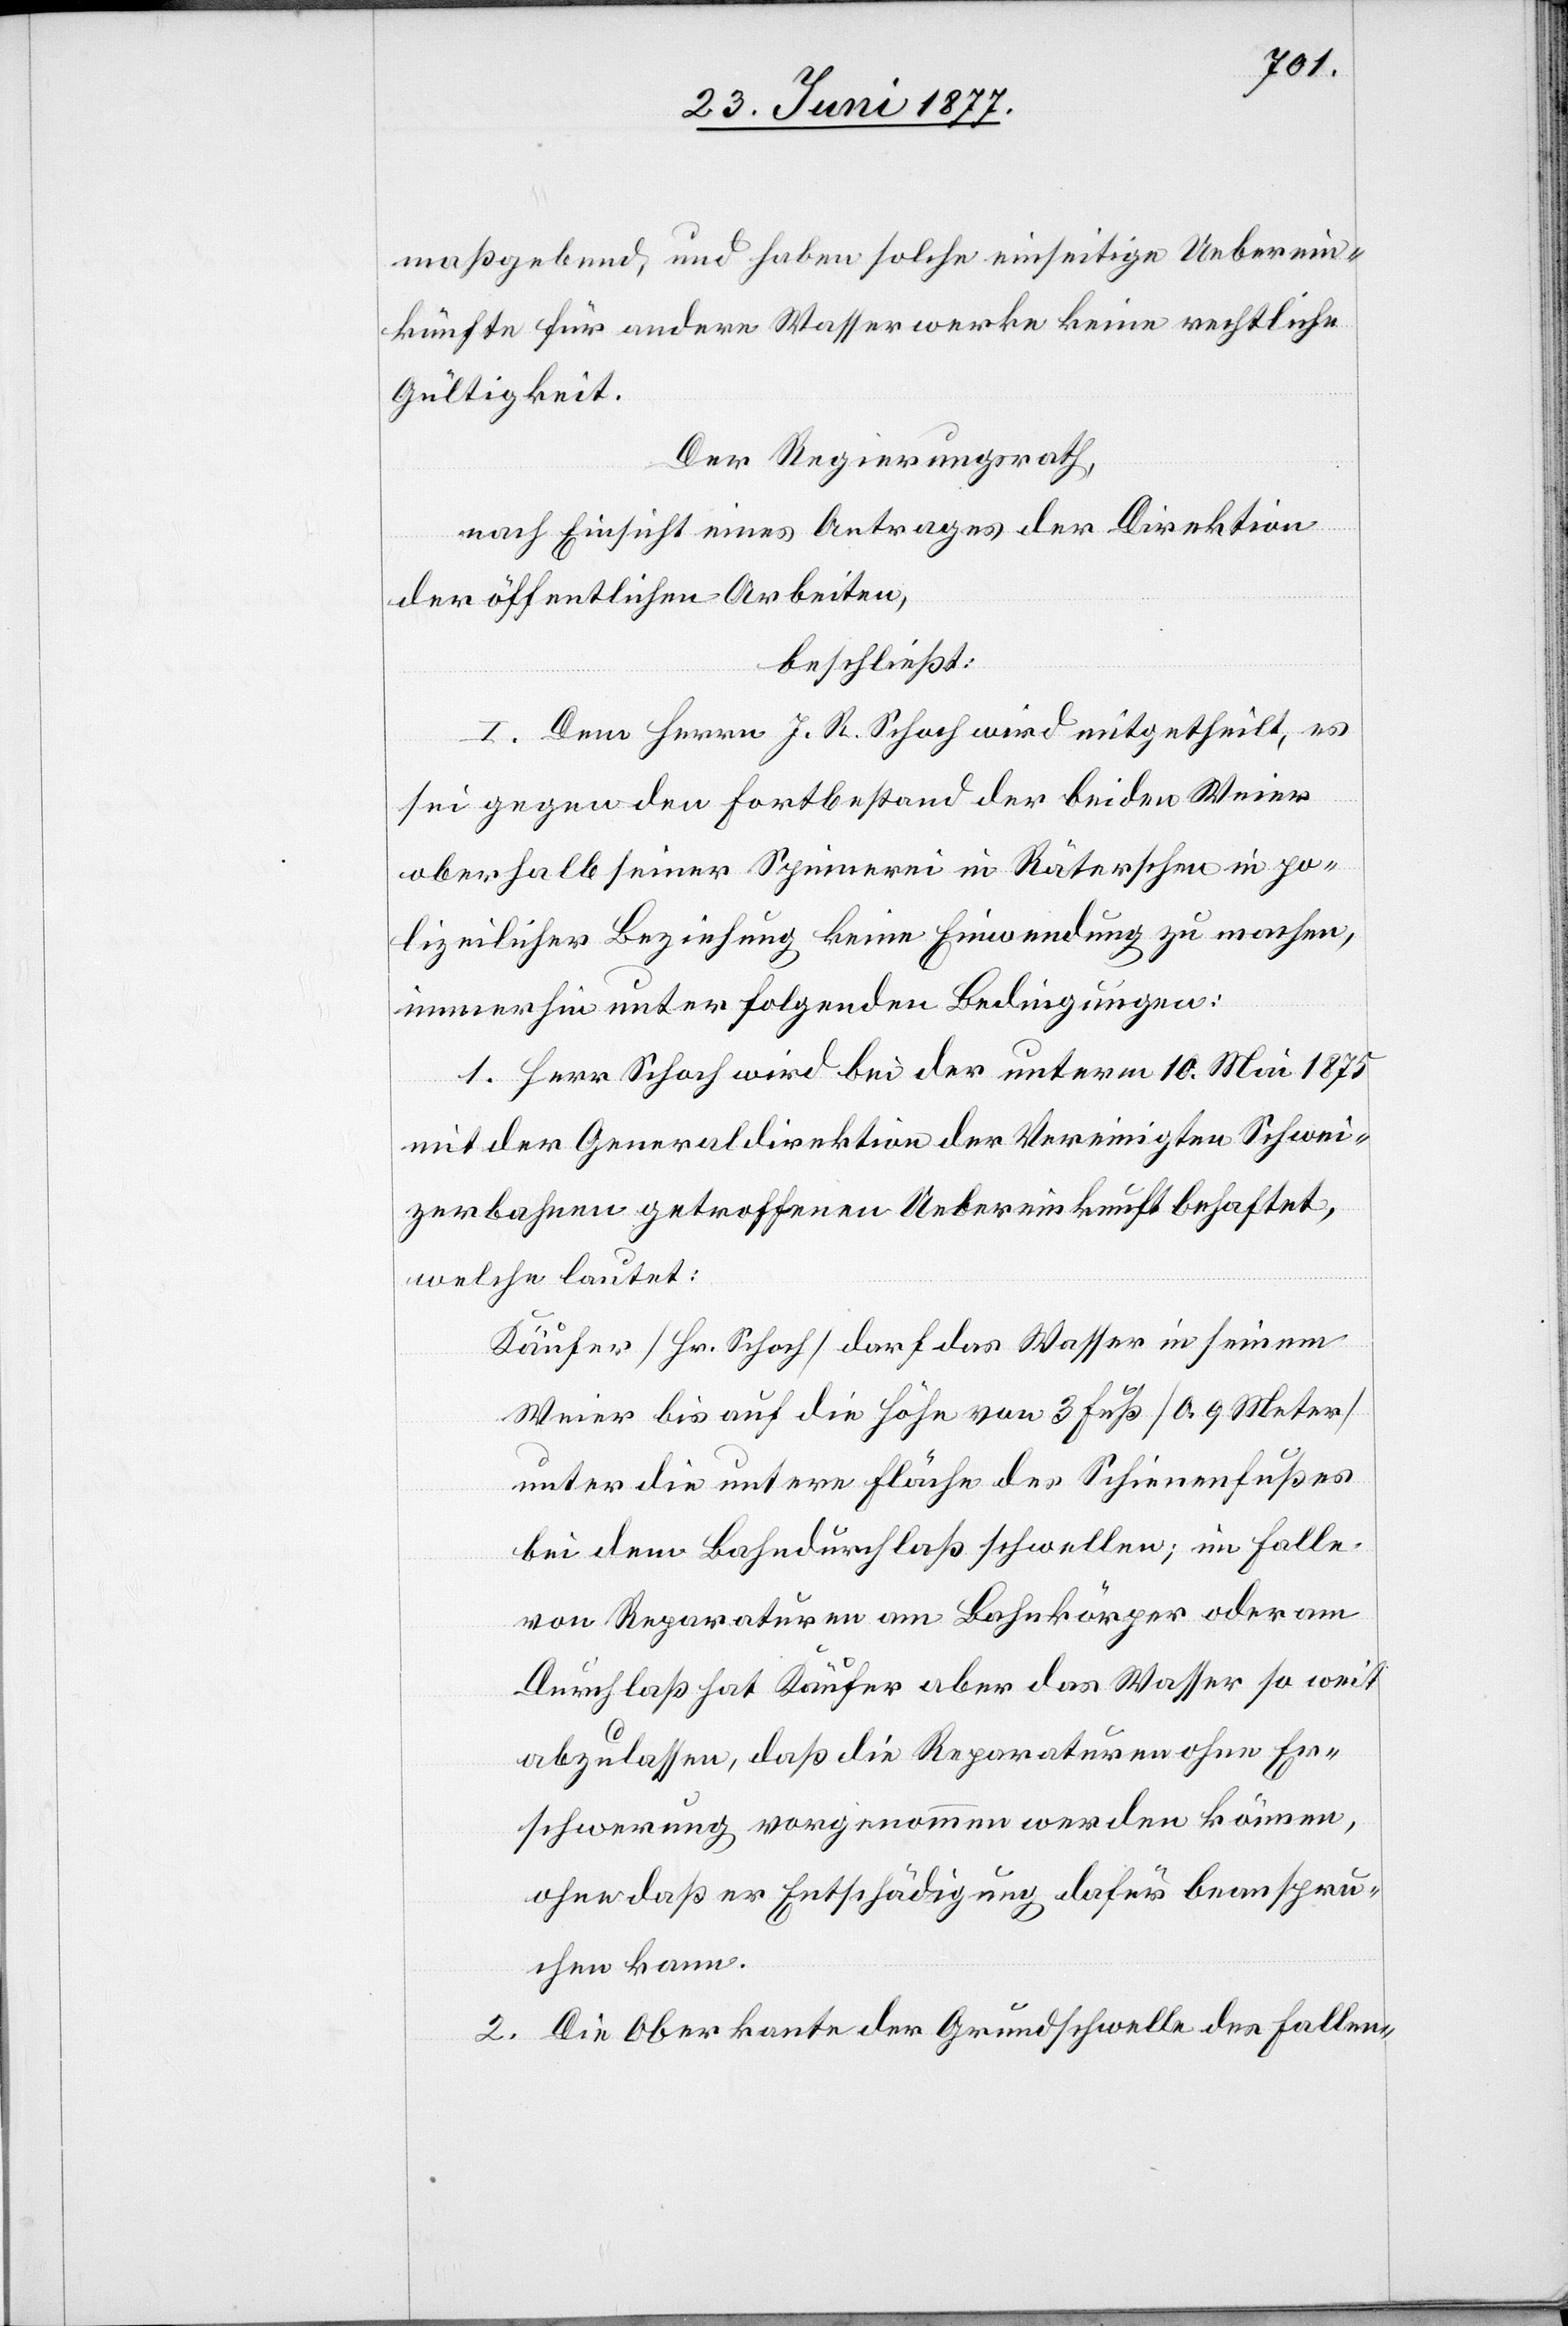
maßgebend, und haben solche einseitigen Ueberein¬
künfte für andere Wasserwerke keine rechtliche
Gültigkeit.
Der Regierungsrath,
nach Einsicht eines Antrages der Direktion
der öffentlichen Arbeiten,
beschließt:
I. Dem Herrn J. R. Schoch wird mitgetheilt, es
sei gegen den Fortbestand der beiden Weier
oberhalb seiner Spinnerei in Räterschen in po¬
lizeilicher Beziehung keine Einwendung zu machen,
immerhin unter folgenden Bedingungen:
1. Herr Schoch wird bei der unterm 10. Mai 1875
mit der Generaldirektion der Vereinigten Schwei¬
zerbahnen getroffenen Uebereinkunft behaftet,
welche lautet:
Käufer [Hr. Schoch] darf das Wasser in seinem
Weier bis auf die Höhe von 3 Fuß [0.9 Meter]
unter die untere Fläche des Schienenfußes
bei dem Bahndurchlaß schwellen; im Falle
von Reparaturen am Bahnkörper oder am
Durchlaß hat Käufer aber das Wasser so weit
abzulassen, daß die Reparaturen ohne Er¬
schwerung vorgenommen werden können,
ohne daß er Entschädigung dafür beanspru¬
chen kann.
2. Die Oberkante der Grundschwelle des Fallen-